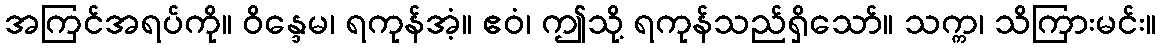
အကြင်အရပ်ကို။ ဝိန္ဒေမ၊ ရကုန်အံ့။ ဧဝံ၊ ဤသို့ ရကုန်သည်ရှိသော်။ သက္က၊ သိကြားမင်း။